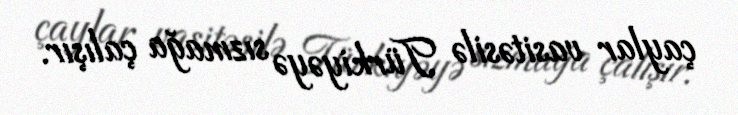
çaylar vasitəsilə Türkiyəyə sızmağa çalışır.